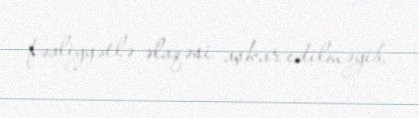
fəaliyyətlə əlaqəsi aşkar edilməyib.